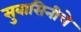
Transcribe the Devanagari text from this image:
सुवासिनीचे